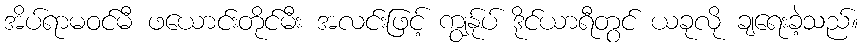
အိပ်ရာမဝင်မီ ဖယောင်းတိုင်မီး အလင်းဖြင့် ကျွန်ုပ် ဒိုင်ယာရီတွင် ယခုလို ချရေးခဲ့သည်။